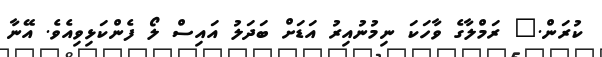
ކުރަން." ރަމްލާގެ ވާހަކަ ނިމުނުއިރު އަޑަށް ބަދަލު އައިސް ލޯ ފެންކަޅިވިއެވެ. އޭނާ